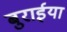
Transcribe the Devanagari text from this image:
बुरार्इया